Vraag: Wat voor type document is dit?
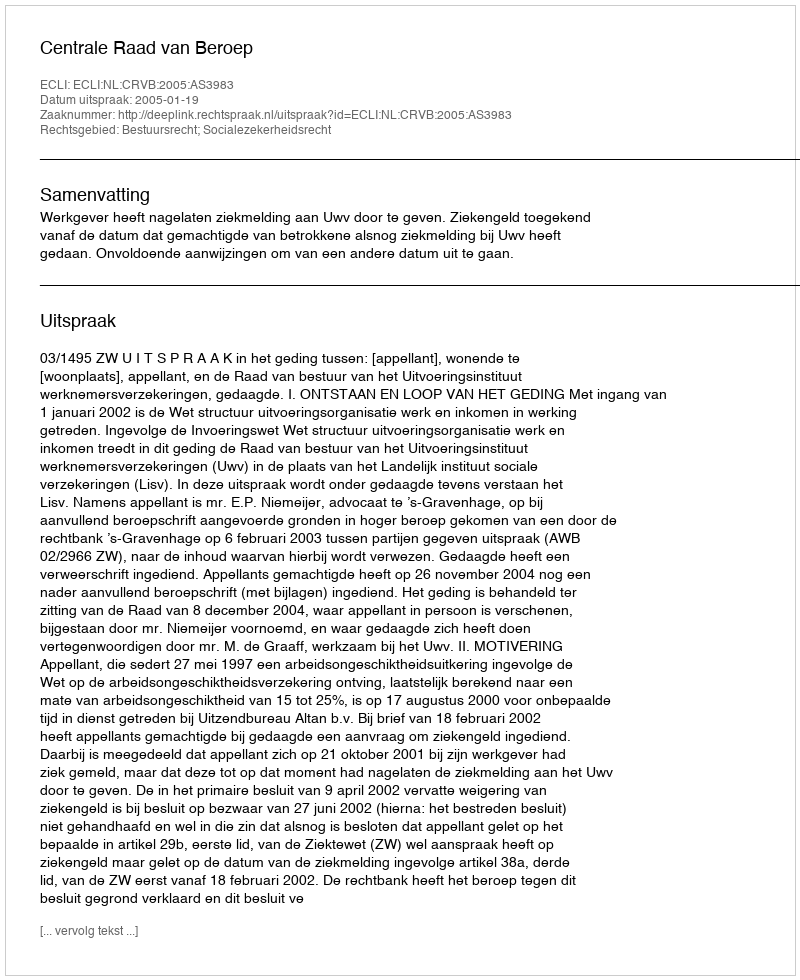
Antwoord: Uitspraak